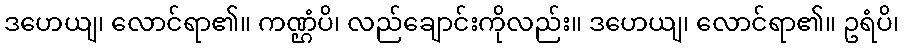
ဒဟေယျ၊ လောင်ရာ၏။ ကဏ္ဌံပိ၊ လည်ချောင်းကိုလည်း။ ဒဟေယျ၊ လောင်ရာ၏။ ဥရံပိ၊